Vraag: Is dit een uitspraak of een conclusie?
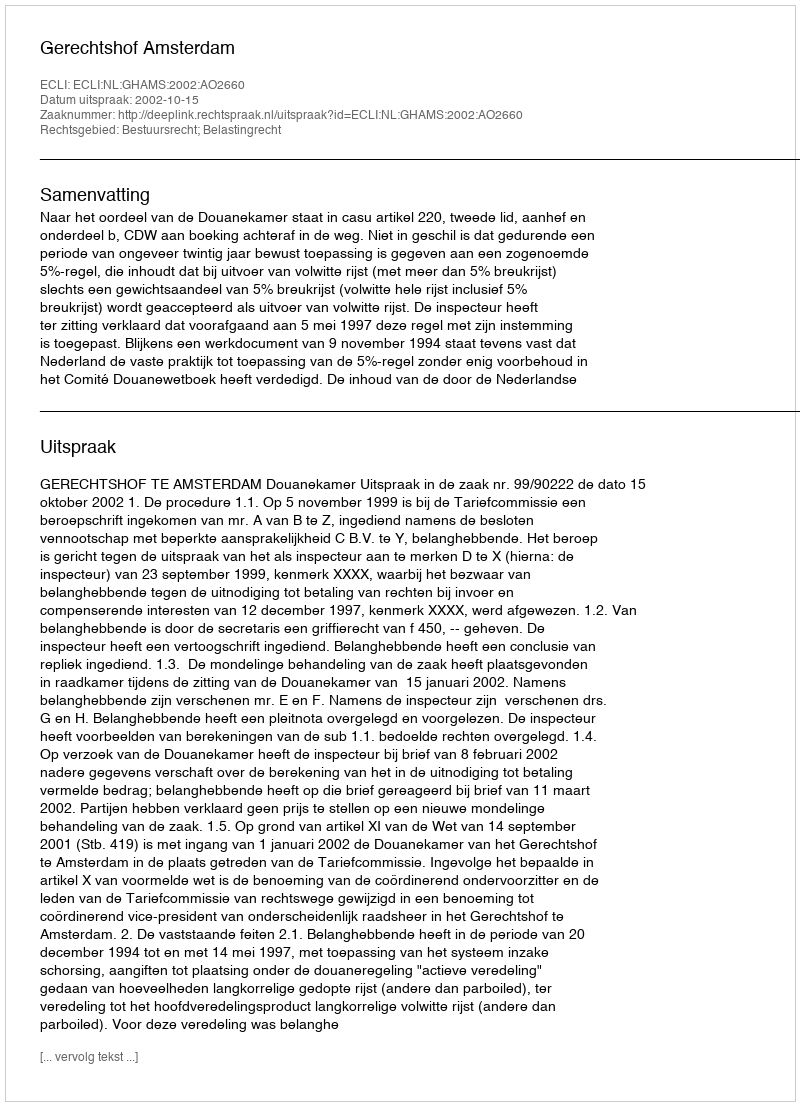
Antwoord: Uitspraak